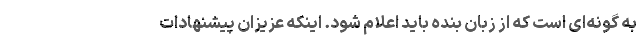
به گونه‌ای است که از زبان بنده باید اعلام شود. اینکه عزیزان پیشنهادات